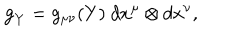
{ } { \bf g } _ { Y } = g _ { \mu \nu } ( Y ) \ d x ^ { \mu } \otimes d x ^ { \nu } ,